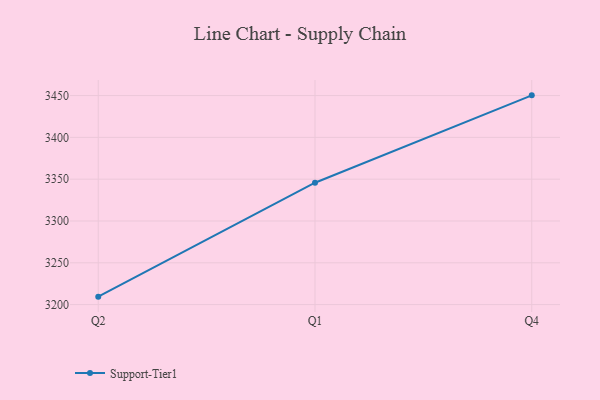
{"axis": {"x": "Quarter", "y": "Operating Costs (USD K)"}, "legend": ["Support-Tier1"], "data": [{"x": "Q2", "y": 3209.5, "type": "Support-Tier1"}, {"x": "Q1", "y": 3345.8, "type": "Support-Tier1"}, {"x": "Q4", "y": 3450.3, "type": "Support-Tier1"}]}